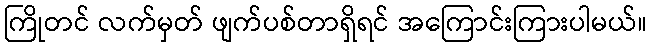
ကြိုတင် လက်မှတ် ဖျက်ပစ်တာရှိရင် အကြောင်းကြားပါမယ်။